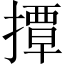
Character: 撢